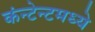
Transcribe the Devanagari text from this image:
कंन्टेन्टमध्ये